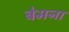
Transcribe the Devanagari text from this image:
बेमना